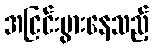
အငြင်းပွားနေသည့်